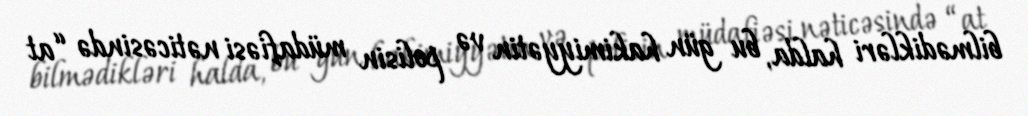
bilmədikləri halda, bu gün hakimiyyətin və polisin müdafiəsi nəticəsində “at